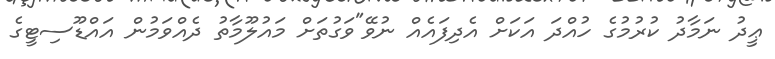
ޢީދު ނަމާދު ކުރުމުގެ ހުއްދަ އަކަށް އެދިފައެއް ނުވޭ"ވަގުތަށް މައުލޫމާތު ދެއްވަމުން އައްޑޫސިޓީގެ